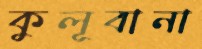
কুলূবানা